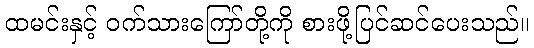
ထမင်းနှင့် ဝက်သားကြော်တို့ကို စားဖို့ပြင်ဆင်ပေးသည်။